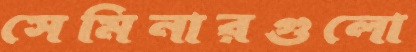
সেমিনারগুলো